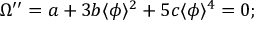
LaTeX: \Omega ^ { \prime \prime } = a + 3 b \langle \phi \rangle ^ { 2 } + 5 c \langle \phi \rangle ^ { 4 } = 0 ;